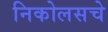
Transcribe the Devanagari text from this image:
निकोलसचे